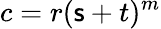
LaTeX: c=r(\mathsf{s}+t)^{m}